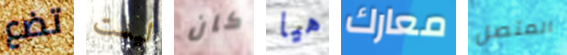
تضع ليست كان هيا معارك المتصل